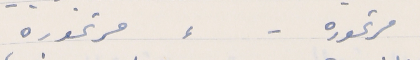
مرتموره -     ⸗       مرتموره